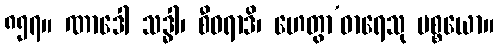
၈၅၇။ ဏာဒေါ သဒ္ဓါ၊ စီဝရာဒိ၊ ဟေတွာ’ဓာရေသု ပစ္စယော။